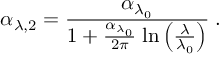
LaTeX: \alpha _ { \lambda , 2 } = \frac { \alpha _ { \lambda _ { 0 } } } { 1 + \frac { \alpha _ { \lambda _ { 0 } } } { 2 \pi } \; \mathrm { l n } \left( \frac { \lambda } { \lambda _ { 0 } } \right) } \; .